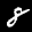
Label: 8